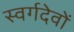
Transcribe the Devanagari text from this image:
स्वर्गदेवों